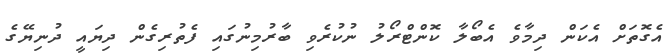
އެގޮތަށް އެކަން ދިމާވެ އެބޯލާ ކޮންޓްރޯލު ނުކުރެވި ބާރުމިނުގައި ފެތުރިގެން ދިޔައީ ދުނިޔޭގެ